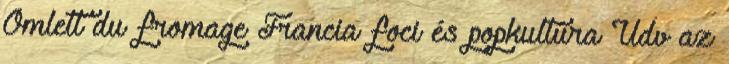
Omlett du fromage Francia foci és popkultúra Üdv az